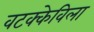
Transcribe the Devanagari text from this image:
वटक्केविला